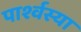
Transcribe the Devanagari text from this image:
पार्श्वस्या